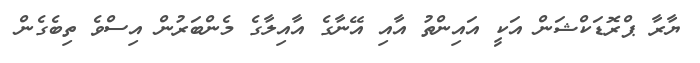
ޔާރާ ޕްރޮޑަކްޝަން އަކީ އައިންތު އާއި އޭނާގެ އާއިލާގެ މެންބަރުން އިސްވެ ތިބެގެން